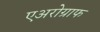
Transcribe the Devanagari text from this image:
एअरोग्राफ